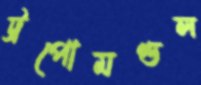
ট্রপোমণ্ডল